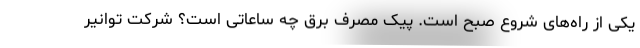
یکی از راه‌های شروع صبح است. پیک مصرف برق چه ساعاتی است؟ شرکت توانیر